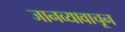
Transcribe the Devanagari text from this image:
जानव्यावाचून